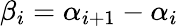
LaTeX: \beta_{i}=\alpha_{i+1}-\alpha_{i}